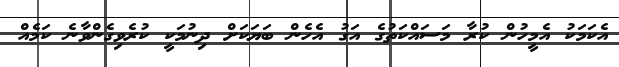
އެކަމަކު އެމީހުން ކުރާ މަސައްކަތުގެ އަގު އެހެން ބަޔަކަށް ދިނުމަކީ ކުރެވިގެންވާނެ ކަމެއް